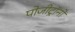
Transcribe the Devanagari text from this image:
पोजीट्रॉनों